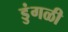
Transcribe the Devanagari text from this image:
डुंगळी